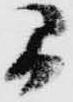
間